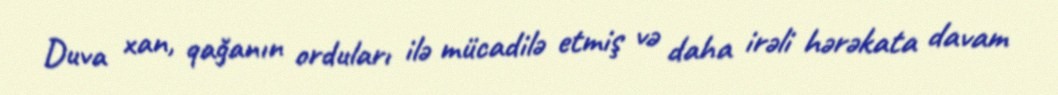
Duva xan, qağanın orduları ilə mücadilə etmiş və daha irəli hərəkata davam